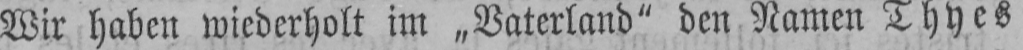
Wir haben wiederholt im „Vaterland“ den Namen Thyes